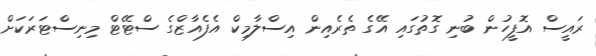
ރައީސް އޮފީހުން ބުނި ގޮތުގައި އޭގެ ތެރެެއިން އިސްލާމިކް އެފެއާޒްގެ ސްޓޭޓް މިނިސްޓަރަކަށް